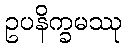
ဥပနိက္ခမဿု